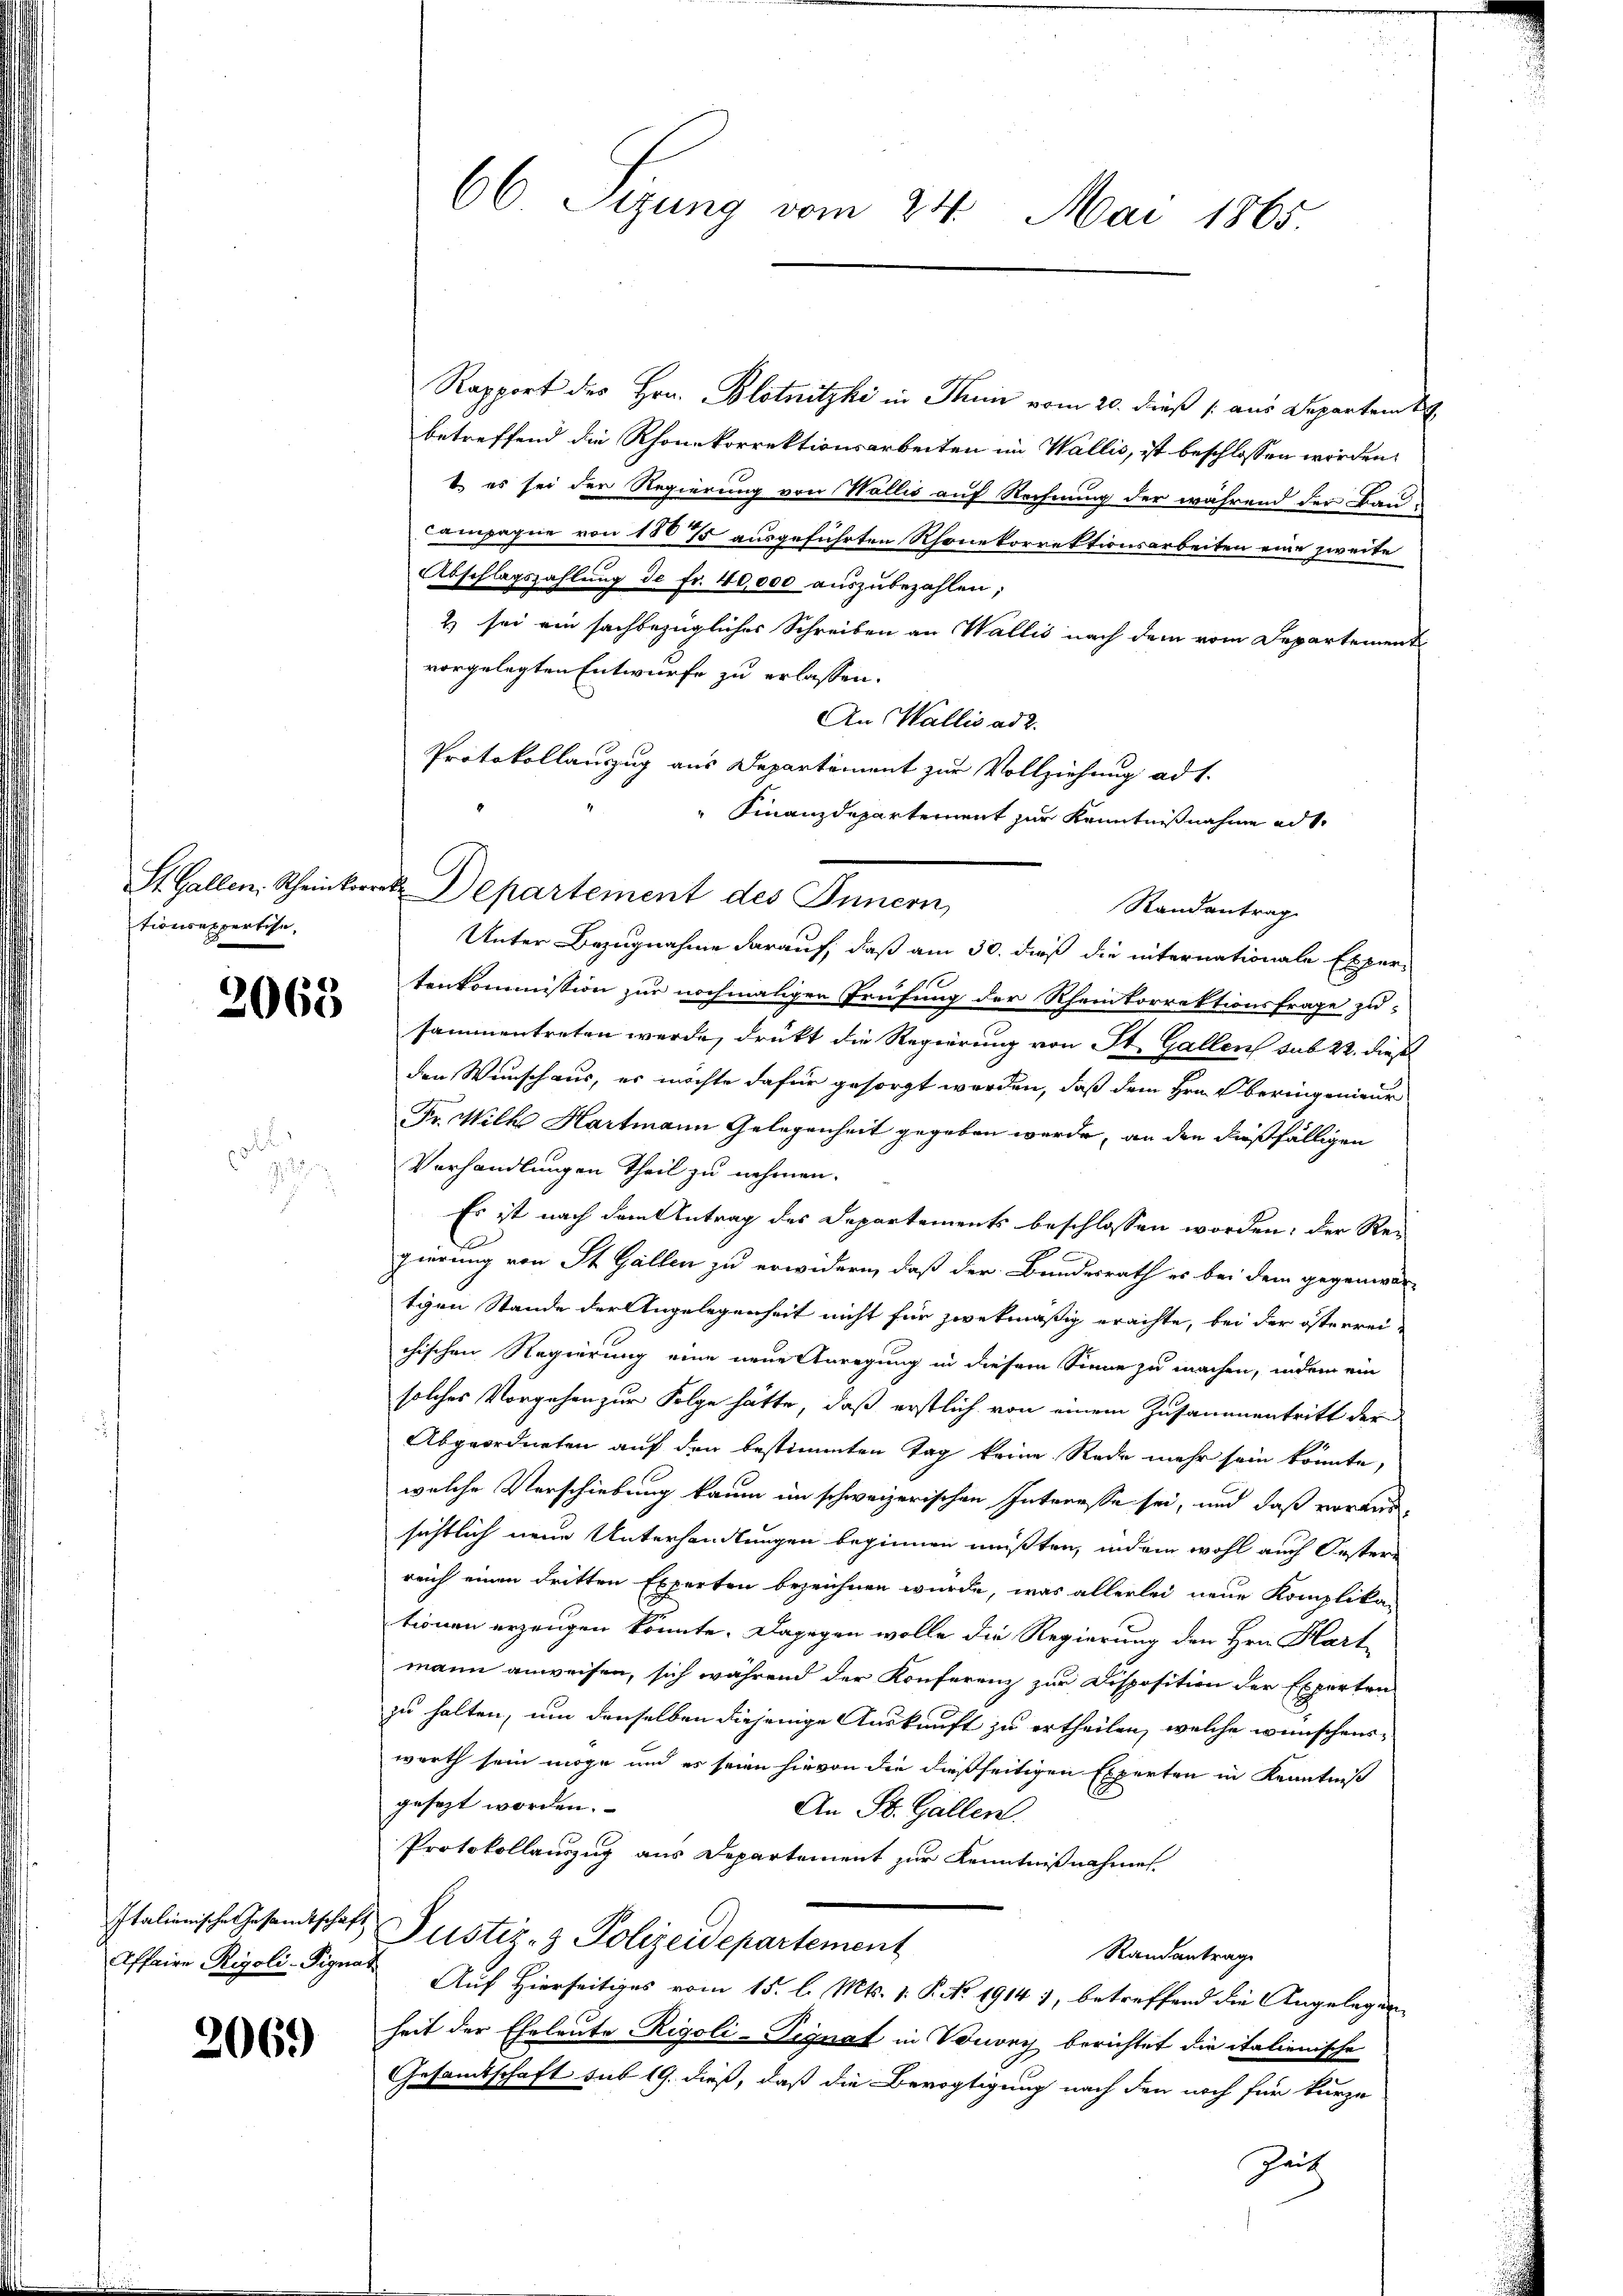
tionsexpertise.

2068

p
d
u

206.)

Rapport des Hrn. Blotnitzki in Thun vom 20. dieß (: aus Departem t
betreffend die Rhonekorrektionsarbeiten im Wallis, ist beschlossen worden.
b es sei der Regierung von Wallis auf Rechnung der während der Bau
Campagne von 1807 ausgeführten Rhonekorrektionsarbeiten eine zweite
Abschlagszahlung de fr. 40,000 auszubezahlen;
& sei ein sachbezüglicher Schreiben an Wallis nach dem vom Departement
vorgelegten Entwurfe zu erlassen.
An Wallis ad 2.
Protokollauszug aus Departement zur Vollziehung ad 1.
 Finanzdepartement zur Kenntnißnahme ad 1.
Randantrag
Unter Bezugnahme darauf, daß am 30. dieß die internationale Exper-
1
tenkommission zur nochmaligen Prüfung der Rheintorrektionsfrage zu
sammentreten werde, drückt die Regierung von St. Gallen sub 22. diesel
den Wunschaus, es möchte dafür gesorgt werden, daß dem Hrn. Oberingenieur
Fr. Wilk Hartmann Gelegenheit gegeben werde, an den dießfälligen
Verhandlungen Theil zu nehmen.
Es ist nach dem Antrag des Departements beschlossen worden; der Regierung von St. Gallen zu erwidern, daß der Bundesrath es bei dem gegenwär-
tigen Stande der Angelegenheit nicht für zwekmäßig erachte, bei der österreichischen Regierung eine neue Anregung in diesem Sinne zu machen, indem ein
solches Vorgehen zur Folge hätte, daß erstlich von einem Zusammentritt der
Abgeordneten auf den bestimmten Tag keine Rede mehr sein könnte,
welche Verschiebung kaum im schweizerischen Interesse sei, und daß voraussichtlich neue Unterhandlungen beginnen müßten, indem wohl auch Oester-
reich einen dritten Experten bezeichnen wurde, was allerlei neue Komplika-
tionen erzeugen könnte. Dagegen wolle die Regierung den Hrn. Hart
mann anweisen, sich während der Konferenz zur Disposition der Experten
zu halten, um denselben diejenige Auskunft zu ertheilen, welche wünschenswerth sein möge und es seien hievon die dießseitigen Experten in Kenntniß
gesezt worden.
An St. Gallen.
Protokollauszug aus Departement zur Kenntnißnahmen
Italienische Gesandtschaft Zustiz- & Polizeidepartement
Randantrage
Affaire Rigoli-Signat Auf Hierseitiges vom 15. l. Mts. 1. P. No. 1914 7, betreffend die Angelegenheit der Eheleute Rigoli-Tignat in Vouvry berichtet die italienische
Gesandtschaft sub 19. dieß, daß die Bevogtigung nach den noch für kurze
Zeit

66. Sezung vom 24. Mai 1865.

St. Gallen. Scheintrat Departement des Innern,